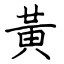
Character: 黃